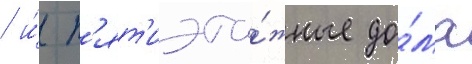
/ и́ п'ят'иэта́жные до́ма